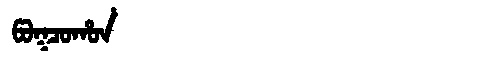
Manchu: ᡦᠣᡴᠴᠣᡥᠣᠨ
Romanization: POKCOHON